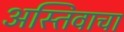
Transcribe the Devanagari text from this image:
अस्तिवाचा